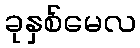
ခုနှစ်မေလ